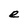
Character: e